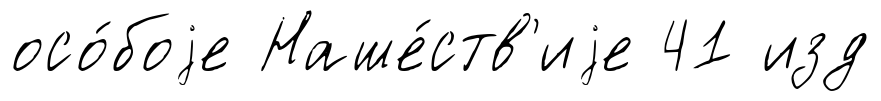
осо́боjе Наше́ств'иjе 41 изд